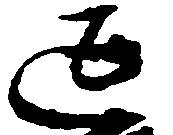
延